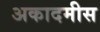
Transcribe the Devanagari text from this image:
अकादमीस